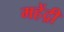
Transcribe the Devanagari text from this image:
महेंद्री